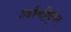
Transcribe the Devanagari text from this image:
रात्रौवह्रिर्दूरात्